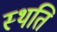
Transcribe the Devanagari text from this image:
स्‍थति